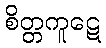
စိတ္တကူဋေ